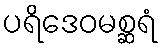
ပရိဒေဝမစ္ဆရံ